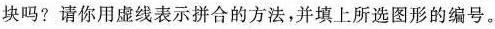
块吗?请你用虚线表示拼合的方法，并填上所选图形的编号。